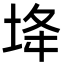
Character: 鿍